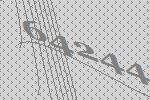
64244